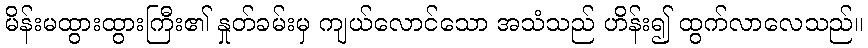
မိန်းမထွားထွားကြီး၏ နှုတ်ခမ်းမှ ကျယ်လောင်သော အသံသည် ဟိန်း၍ ထွက်လာလေသည်။